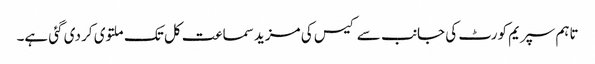
تاہم سپریم کورٹ کی جانب سے کیس کی مزید سماعت کل تک ملتوی کر دی گئی ہے۔